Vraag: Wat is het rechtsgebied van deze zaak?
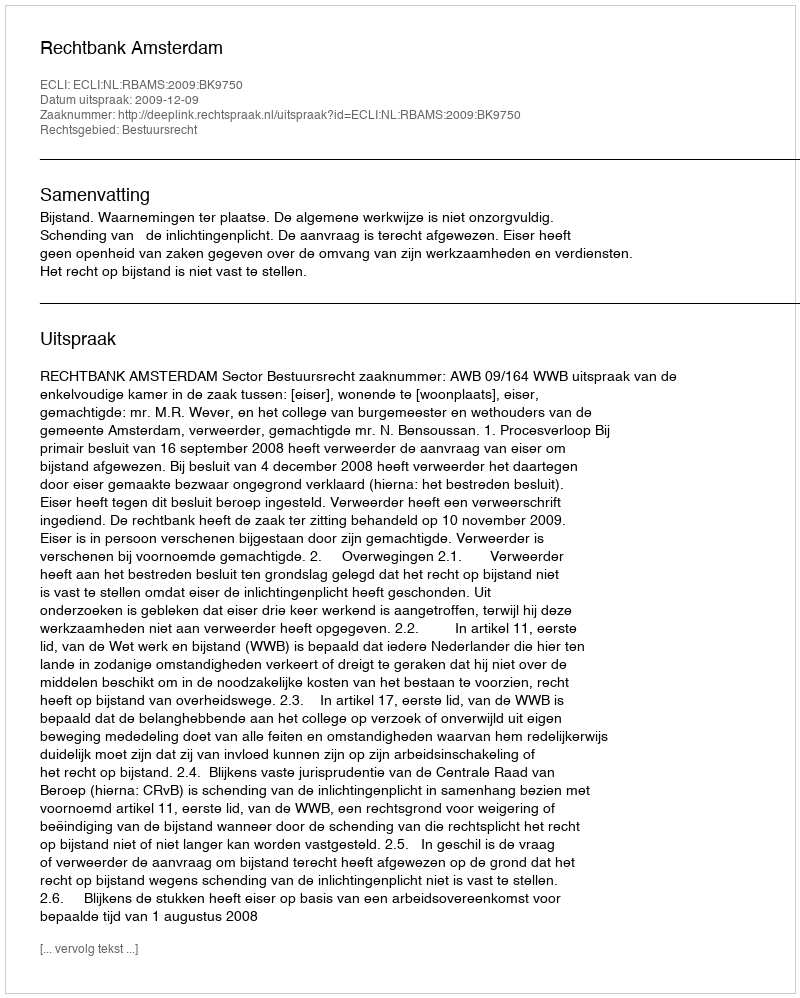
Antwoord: Bestuursrecht